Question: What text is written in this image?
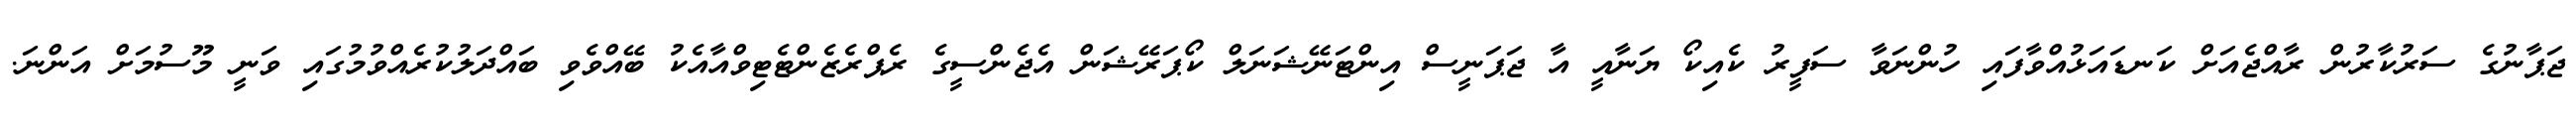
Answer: ޖަޕާނުގެ ސަރުކާރުން ރާއްޖެއަށް ކަނޑައަޅުއްވާފައި ހުންނަވާ ސަފީރު ކެއިކޯ ޔަނާއީ އާ ޖަޕަނީސް އިންޓަނޭޝަނަލް ކޯޕަރޭޝަން އެޖެންސީގެ ރެޕްރެޒެންޓެޓިވްއާއެކު ބޭއްވެވި ބައްދަލުކުރެއްވުމުގައި ވަނީ މޫސުމަށް އަންނަ.